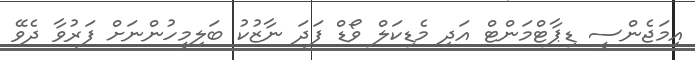
އިމަޖެންސީ ޑިޕާޓްމަންޓް އަދި މެޑިކަލް ވޯޑް ފަދަ ނާޒުކު ބަލިމީހުންނަށް ފަރުވާ ދެވޭ